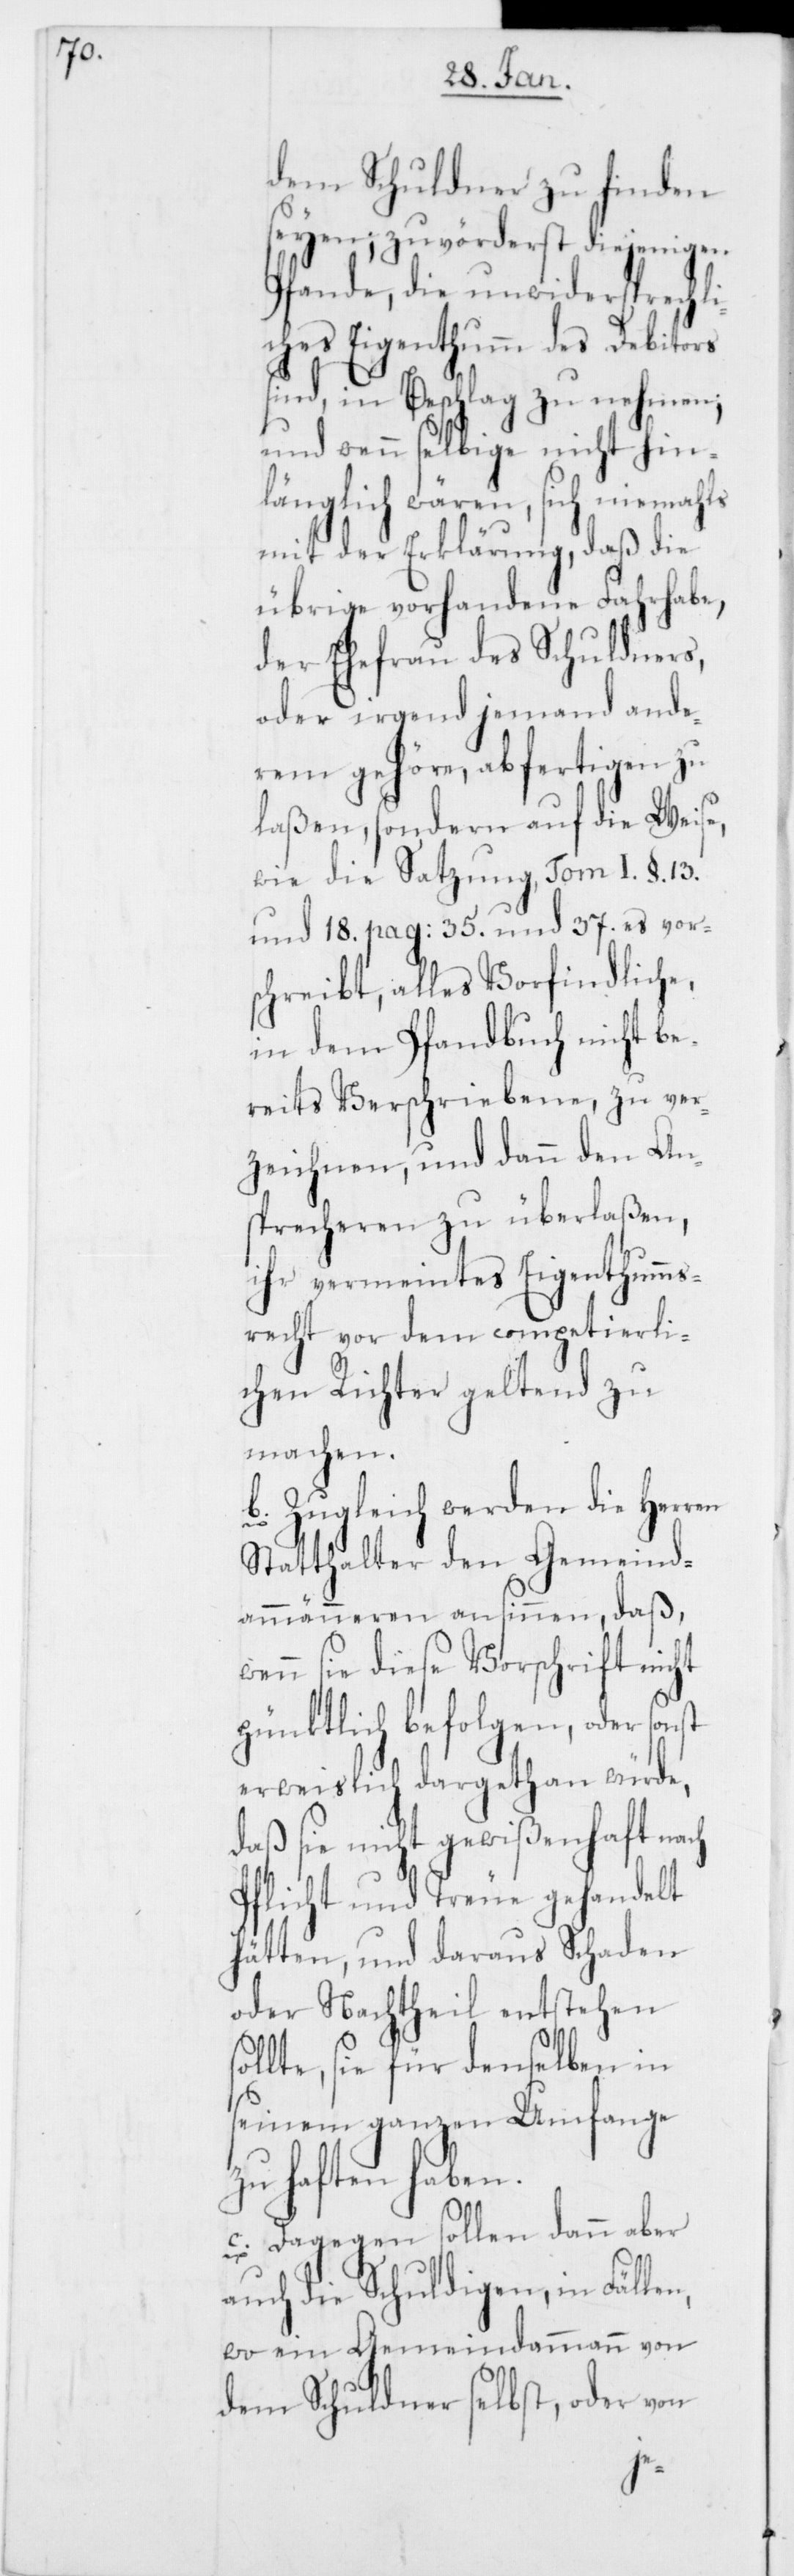
dem Schuldner zu finden
seyen; zuvörderst diejenigen
Pfande, die unwidersprechli¬
ches Eigenthumm des Debitors
sind, in Beschlag zu nehmen;
und wenn selbige nicht hin¬
länglich wären, sich niemahls
mit der Erklärung, daß die
übrige vorhandene Fahrhabe,
der Ehefrau des Schuldners,
oder irgend jemand ande¬
rem gehöre, abfertigen zu
laßen, sondern auf die Weise,
wie die Satzung, Tom I. §. 13.
und 18. pag: 35. und 37. es vor¬
schreibt, alles Vorfindliche,
in dem Pfandbuch nicht be¬
reits Verschriebene, zu ver¬
zeichnen, und dann den An¬
sprecheren zu überlaßen,
ihr vermeintes Eigenthumms¬
recht vor dem competierli¬
chen Richter geltend zu
machen.
b. Zugleich werden die Herren
Statthalter den Gemeind¬
ammänneren ansinnen, daß,
enn sie diese Vorschrift nicht
pünktlich befolgen, oder son¬
erweislich dargethan würde,
daß sie nicht gewißenhaft na¬
Pflicht und Treue gehandelt
hätten, und daraus Schaden
oder Nachtheil entstehen
ollte, sie für denselben in
seinem ganzen Umfange
zu haften haben.
st
c. Dagegen sollen dann aber
auch die Schuldigen, in Fälle¬
wo ein Gemeindammann von
dem Schuldner selbst, oder von
n,